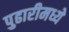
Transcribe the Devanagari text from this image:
पुढारीमध्ये